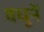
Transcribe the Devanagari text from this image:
वधूनें